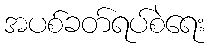
အပစ်ခတ်ရပ်စဲရေး